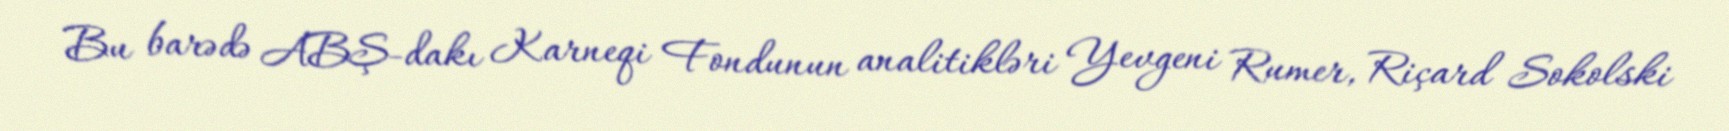
Bu barədə ABŞ-dakı Karneqi Fondunun analitikləri Yevgeni Rumer, Riçard Sokolski